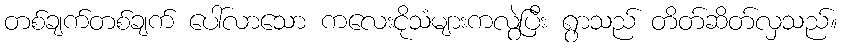
တစ်ချက်တစ်ချက် ပေါ်လာသော ကလေးငိုသံများကလွဲပြီး ရွာသည် တိတ်ဆိတ်လှသည်။